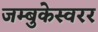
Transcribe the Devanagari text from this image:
जम्बुकेस्वरर